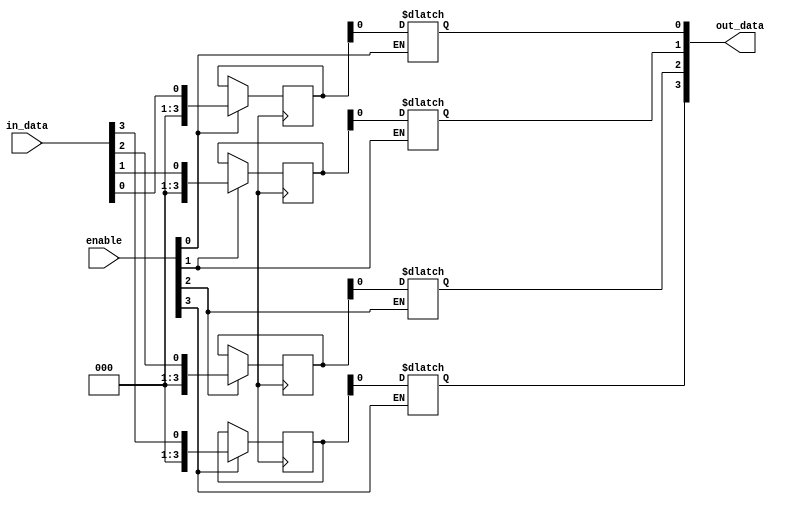
module Timing_Control_and_Synchronization (
    input wire [3:0] enable, // input signal to enable or bypass each register
    input wire [3:0] in_data, // input data to be registered
    output reg [3:0] out_data // output data from the registers
);

reg [3:0] reg_0, reg_1, reg_2, reg_3;

always @ (posedge clk) begin
    if (enable[0] == 1'b1) begin
        reg_0 <= in_data[0];
    end
    if (enable[1] == 1'b1) begin
        reg_1 <= in_data[1];
    end
    if (enable[2] == 1'b1) begin
        reg_2 <= in_data[2];
    end
    if (enable[3] == 1'b1) begin
        reg_3 <= in_data[3];
    end
end

always @* begin
    if (enable[0] == 1'b1) begin
        out_data[0] = reg_0;
    end
    if (enable[1] == 1'b1) begin
        out_data[1] = reg_1;
    end
    if (enable[2] == 1'b1) begin
        out_data[2] = reg_2;
    end
    if (enable[3] == 1'b1) begin
        out_data[3] = reg_3;
    end
end

endmodule